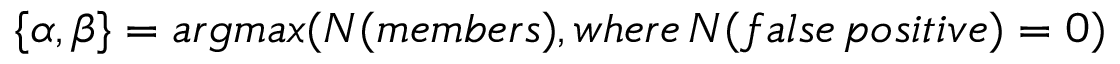
\{ \alpha , \beta \} = a r g m a x ( N ( m e m b e r s ) , w h e r e \, N ( f a l s e \, p o s i t i v e ) = 0 )